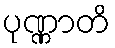
ပုဏ္ဏာတိ